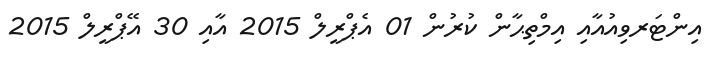
އިންޓަރވިއުއާއި އިމްތިޙާން ކުރުން 01 އެޕްރީލް 2015 އާއި 30 އޭޕްރީލް 2015